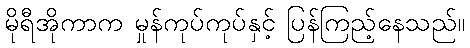
မိုရီအိုကာက မှုန်ကုပ်ကုပ်နှင့် ပြန်ကြည့်နေသည်။